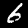
Digit: 6